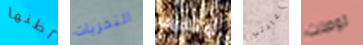
اظنها التحريات أوتعرف إعادتي توصلت